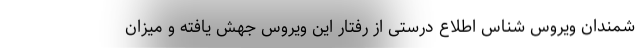
شمندان ویروس شناس اطلاع درستی از رفتار این ویروس جهش یافته و میزان